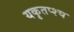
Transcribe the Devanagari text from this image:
यकृतप्श्च